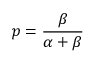
p = { \frac { \beta } { \alpha + \beta } }